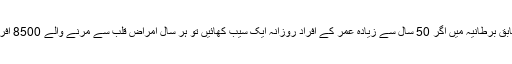
ایک تازہ تحقیق کے مطابق برطانیہ میں اگر 50 سال سے زیادہ عمر کے افراد روزانہ ایک سیب کھائیں تو ہر سال امراض قلب سے مرنے والے 8500 افراد کو بچایا جا سکتا ہے۔